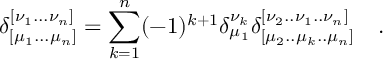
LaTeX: \delta _ { [ \mu _ { 1 } . . . \mu _ { n } ] } ^ { [ \nu _ { 1 } . . . \nu _ { n } ] } = \sum _ { k = 1 } ^ { n } ( - 1 ) ^ { k + 1 } \delta _ { \mu _ { 1 } } ^ { \nu _ { k } } \delta _ { [ \mu _ { 2 } . . \mu _ { k } . . \mu _ { n } ] } ^ { [ \nu _ { 2 } . . \nu _ { 1 } . . \nu _ { n } ] } ~ ~ ~ .